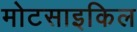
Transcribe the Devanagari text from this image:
मोटसाइकिल